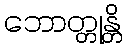
ဘောတ္တုန္တိ